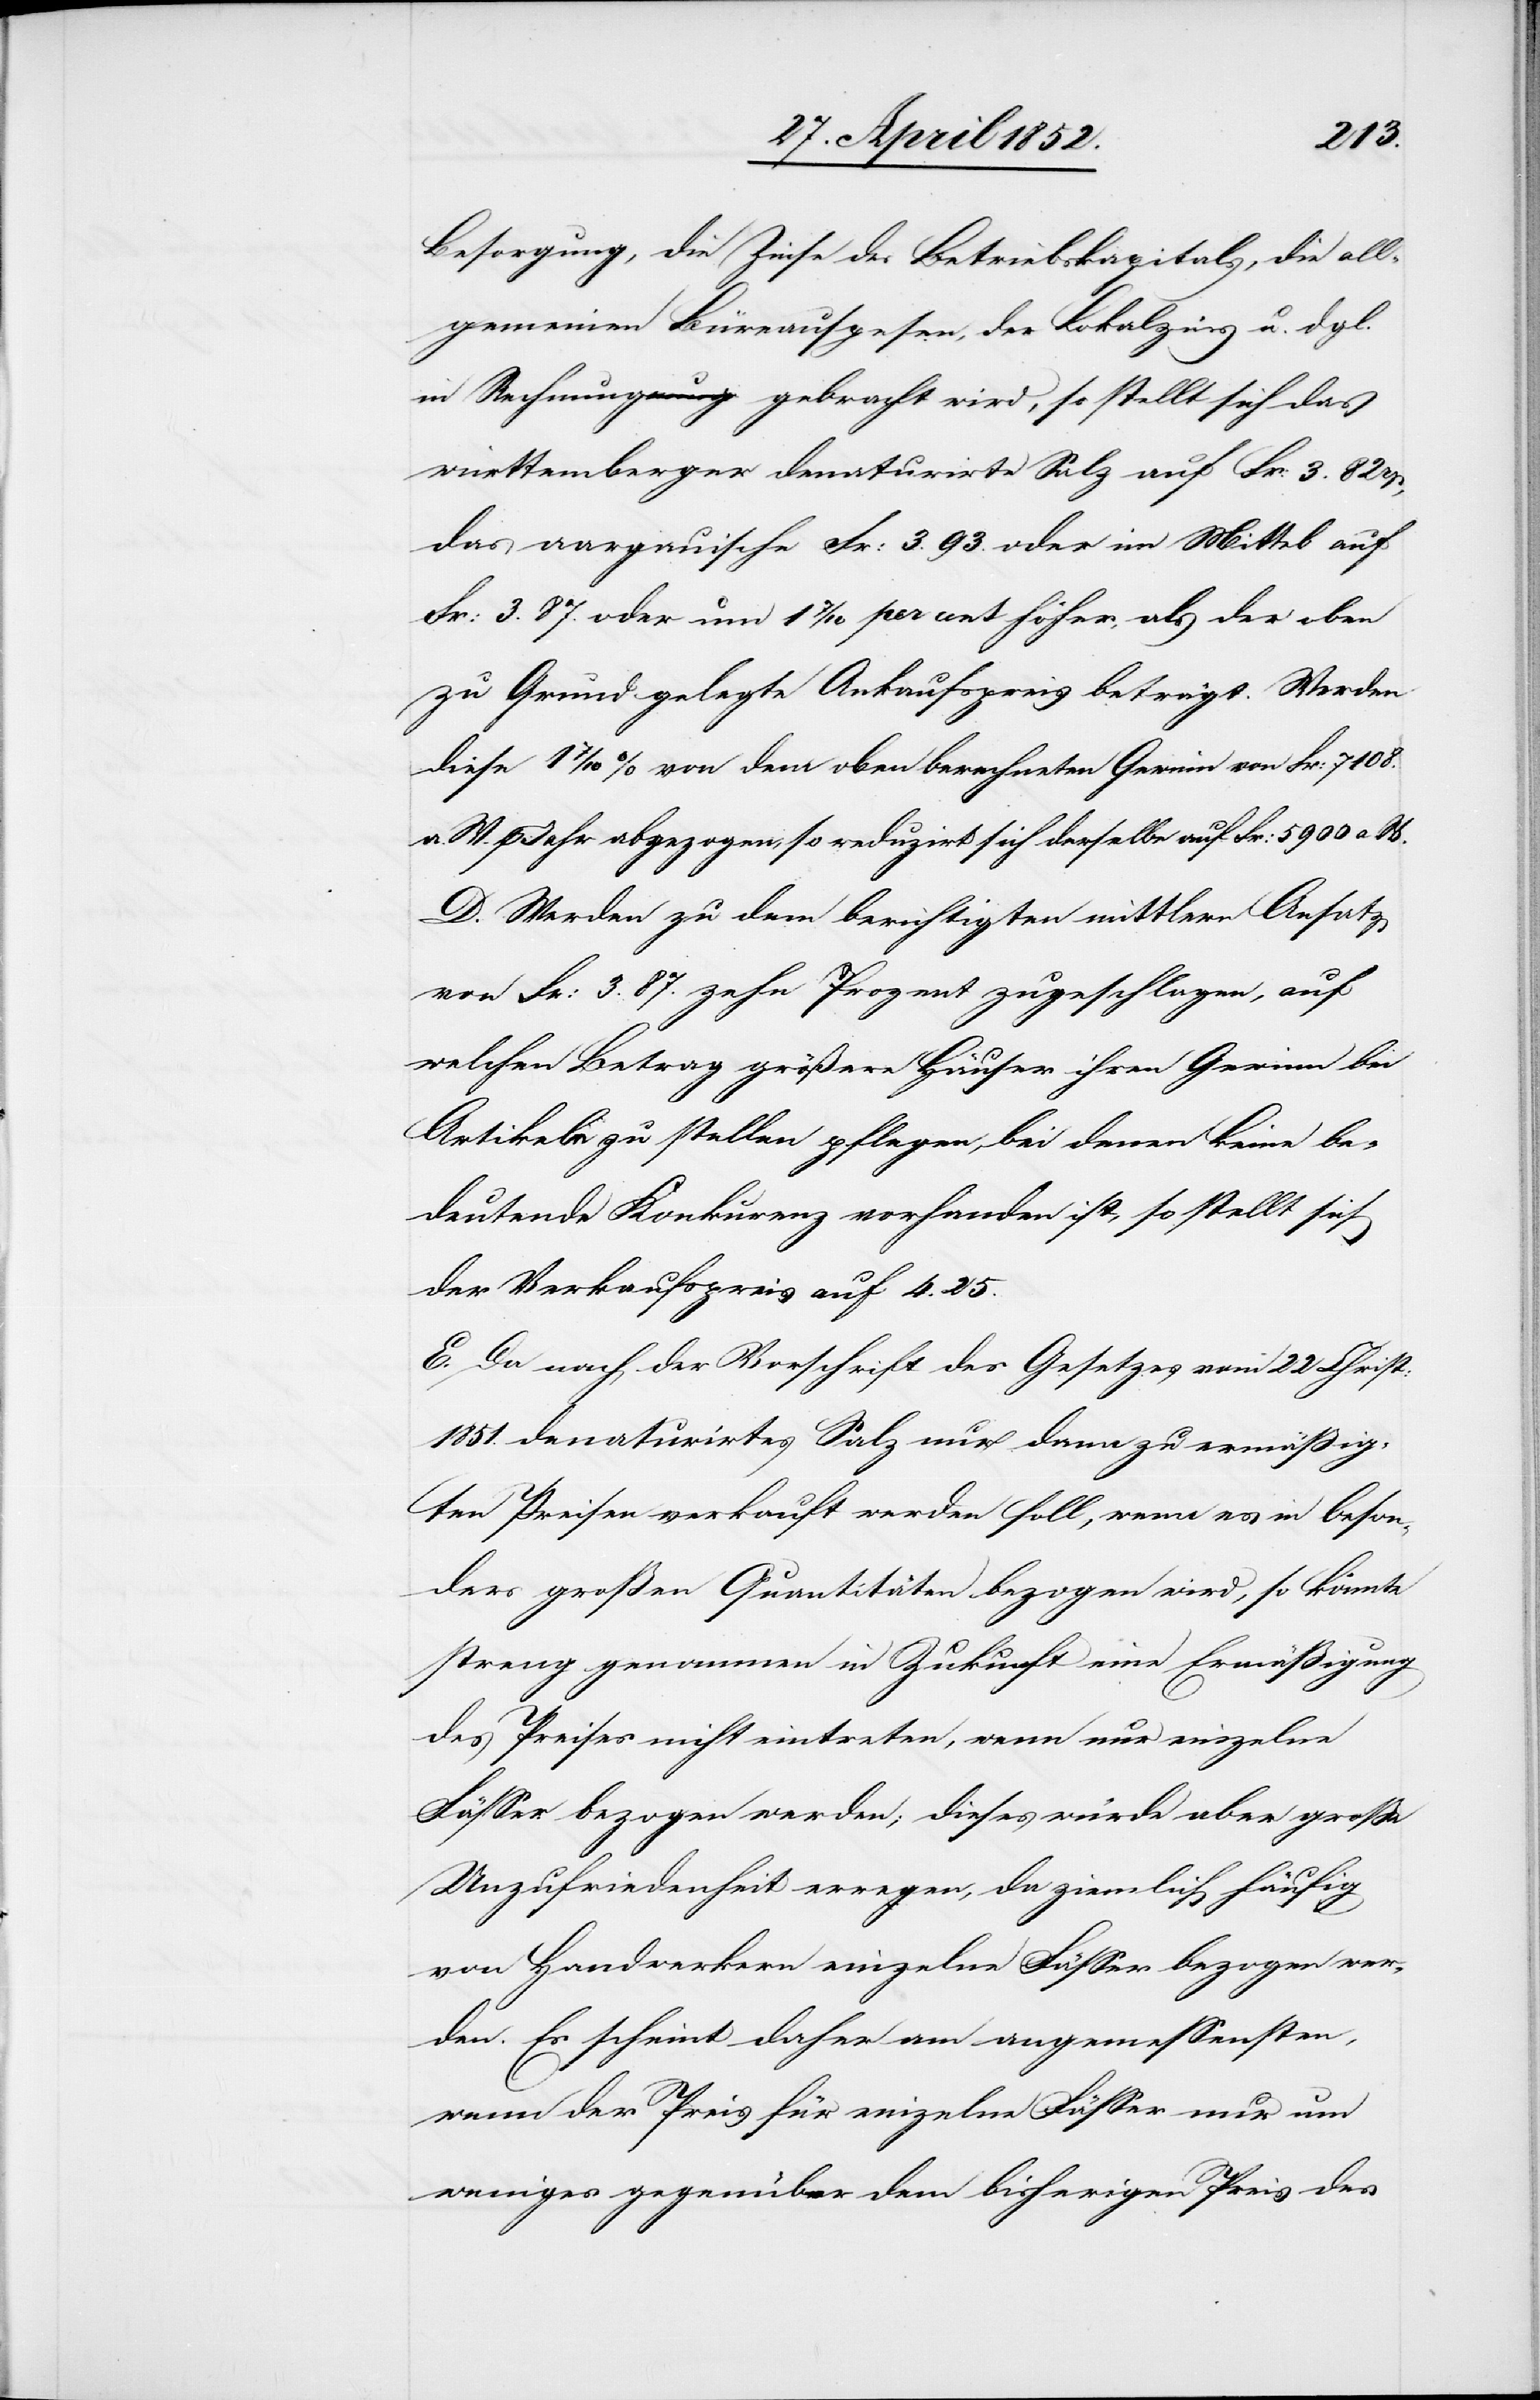
Besorgung, die Zinse des Betriebskapitals, die all¬
gemeinen Büreauspesen, der Lokalzins u. dgl.
in Rechnung gebracht wird, so stellt sich das
württemberger denaturirte Salz auf Fr: 3. 82 rp,
das aargauische Fr: 3. 93. oder im Mittel auf
Fr: 3. 87. oder um 1 7/10 per cent höher, als der oben
zu Grund gelegte Ankaufspreis beträgt. Werden
diese 1 7/10 % von dem oben berechneten Gewinn von Fr: 7108.
a. W. p Jahr abgezogen, so reduzirt sich derselbe auf Fr: 5900 a. W.
D. Werden zu dem berichtigten mittlern Ansatz
von Fr: 3. 87. zehn Prozent zugeschlagen, auf
welchen Betrag größere Häuser ihren Gewinn bei
Artikeln zu stellen pflegen, bei denen keine be¬
deutende Konkur[r]enz vorhanden ist, so stellt sich
der Verkaufspreis auf 4. 25.
E. Da nach der Vorschrift des Gesetzes vom 22 Christ:
1851. denaturirtes Salz nur dann zu ermässig¬
ten Preisen verkauft werden soll, wenn es in beson¬
ders großen Quantitäten bezogen wird, so könnte
streng genommen in Zukunft eine Ermäßigung
des Preises nicht eintreten, wenn nur einzelne
Fässer bezogen werden; dieses würde aber grosse
Unzufriedenheit erregen, da ziemlich häufig
von Handwerkern einzelne Fässer bezogen wer¬
den. Es scheint daher am angemessensten,
wenn der Preis für einzelne Fässer nur um
weniges gegenüber dem bisherigen Preis des